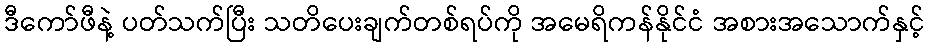
ဒီကော်ဖီနဲ့ ပတ်သက်ပြီး သတိပေးချက်တစ်ရပ်ကို အမေရိကန်နိုင်ငံ အစားအသောက်နှင့်